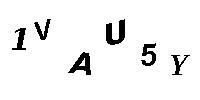
1VAU5Y